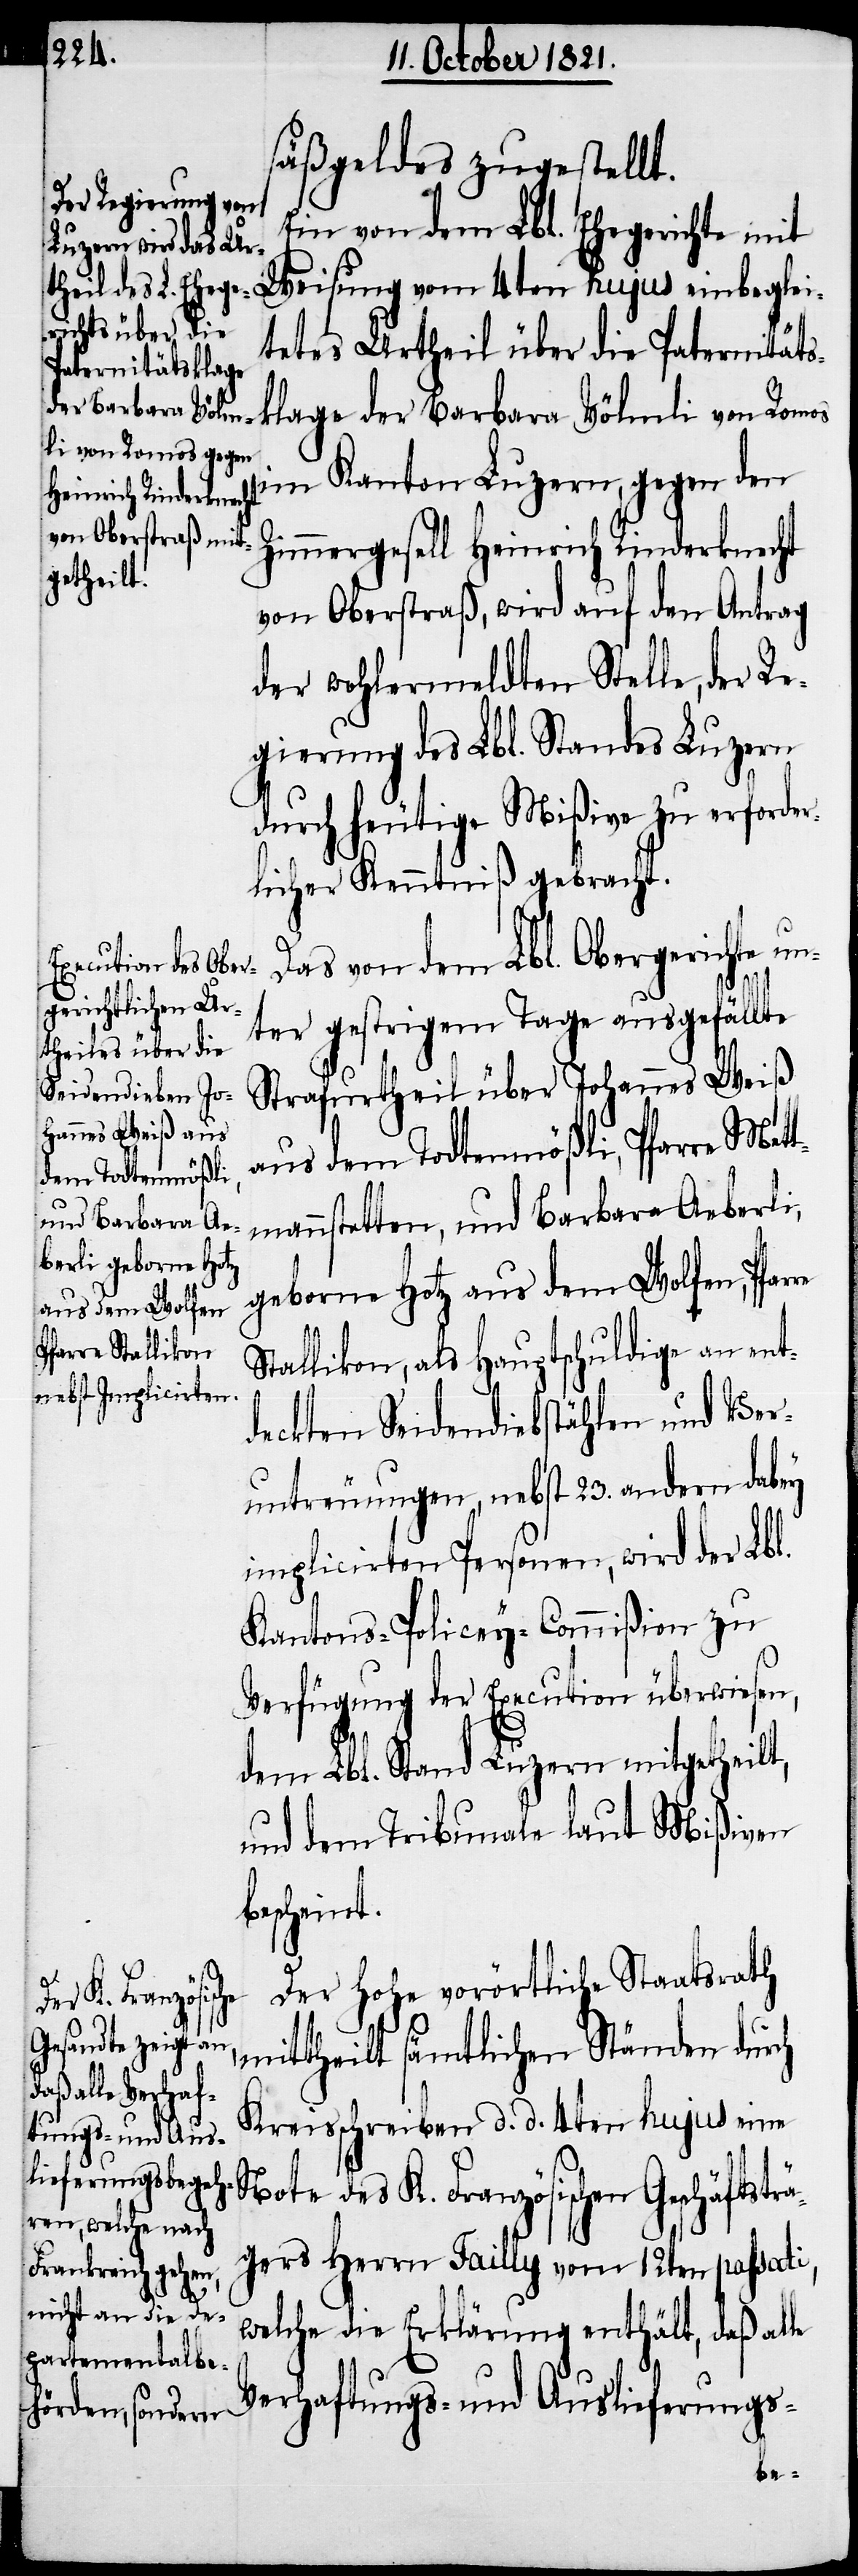
le

säßgeldes zugestellt.
Ein von dem Lbl. Ehegerichte mit
Weisung vom 4ten hujus einbeglei¬
tetes Urtheil über die Paternitäts¬
klage der Barbara Völmli von Romos
im Kanton Luzern, gegen den
Zimmergesell Heinrich Rinderknecht
von Oberstraß, wird auf den Antrag
der wohlermeldten Stelle, der
gierung des Lbl. Standes Luzern
durch heutige Mißive zu erforder¬
licher Kenntniß gebracht.
as von dem Lbl. Obergerichte u¬
nter gestrigem Tage ausgefällte
Strafurtheil über Johannes Weiß
aus dem Todtenmößli, Pfarre Met¬
tmenstetten, und Barbara Aeberli,
geborne Hotz aus dem Wolfen, Pfar¬
Stallikon, als Hauptschuldige an ent¬
deckten Seidendiebstählen und Ver¬
untreuung, nebst 23. andern dabey
implicirten Personen, wird der Lbl.
Kantons-Policey-Commißion zu
Verfügung der Execution überweisen,
dem Lbl. Stand Luzern mitgetheilt,
und dem Tribunale laut Mißiven
bescheint.
Der hohe vorörtliche Staatsrath
mittheilt sämtlichen Ständen durch
Kreisschreiben d. d. 4ten hujus eine
Note des K. Französischen Geschäftstr¬
ägers Herrn Tailly vom 12ten passati,
welche die Erklärung enthält, daß al¬
Verhaftungs- und Auslieferungs-
Re¬